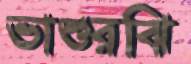
ভাশুরঝি